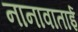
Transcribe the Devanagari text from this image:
नानावाताई